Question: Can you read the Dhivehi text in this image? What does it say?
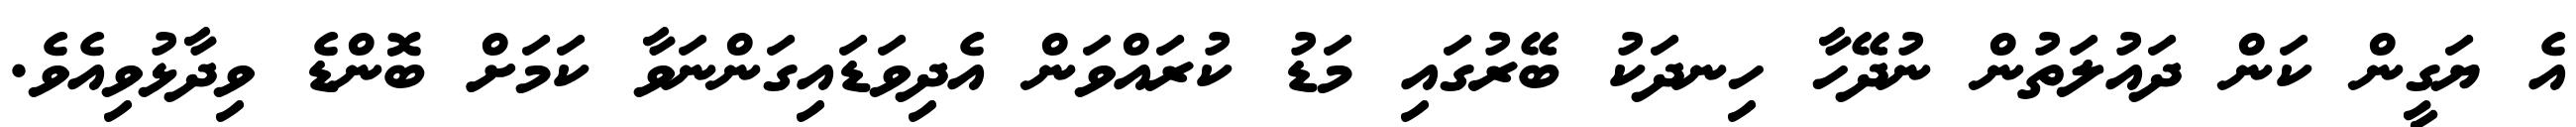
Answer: އެ ޔަގީން ކަން ދައުލަތުން ނުދޭހާ ހިނދަކު ބޭރުގައި މަޑު ކުރައްވަން އެދިވަޑައިގަންނަވާ ކަމަށް ބޮންޑެ ވިދާޅުވިއެވެ.